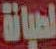
لصيانة